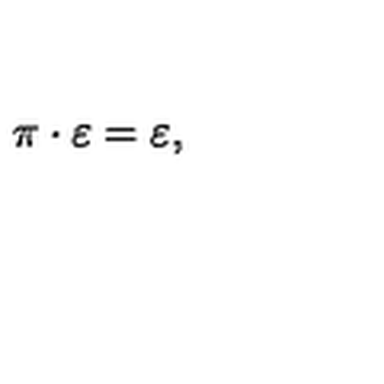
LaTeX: \pi \cdot \varepsilon = \varepsilon ,